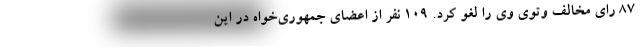
۸۷ رای مخالف وتوی وی را لغو کرد. ۱۰۹ نفر از اعضای جمهوری‌خواه در این